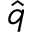
\hat { q }